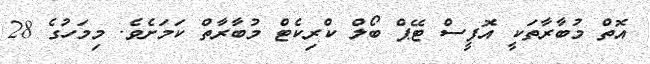
އޮތް މުބާރާތަކީ އޮފީސް ޓޭޕް ބޯލް ކްރިކެޓް މުބާރާތް ކަމަށެވެ. މިމަހުގެ 28